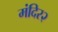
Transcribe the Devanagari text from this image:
मंदिर२